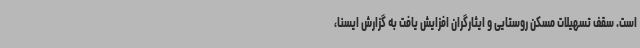
است. سقف تسهیلات مسکن روستایی و ایثارگران افزایش یافت به گزارش ایسنا،